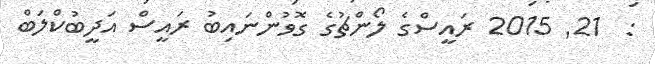
:  21